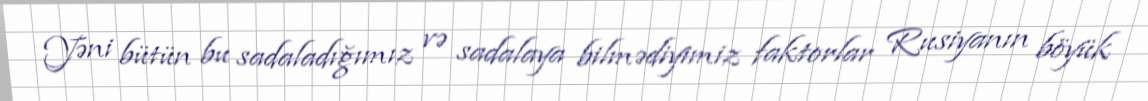
Yəni bütün bu sadaladığımız və sadalaya bilmədiyimiz faktorlar Rusiyanın böyük